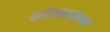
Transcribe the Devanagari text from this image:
शहेनशहाच्या